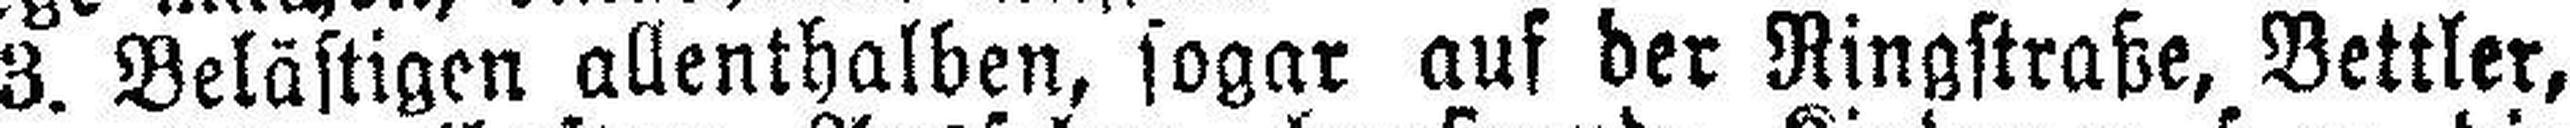
3. Belästigen allenthalben, sogar auf der Ringstraße, Bettler,